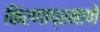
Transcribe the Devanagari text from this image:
किरणाप्रमाणे